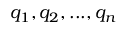
q _ { 1 } , q _ { 2 } , . . . , q _ { n }